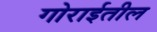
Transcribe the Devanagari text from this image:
गोराईतील